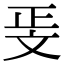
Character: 𭤖